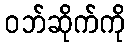
ဝဘ်ဆိုက်ကို